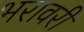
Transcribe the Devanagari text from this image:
भरावरी